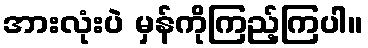
အားလုံးပဲ မှန်ကိုကြည့်ကြပါ။